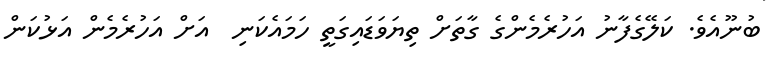
ބުނޫއެވެ. ކަލޭގެފާނު އަހުރެމެންގެ ގާތަށް ތިޔަވަޑައިގަތީ ހަމައެކަނި  އަށް އަހުރެމެން އަޅުކަން